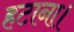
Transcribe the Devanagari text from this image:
हटाना।